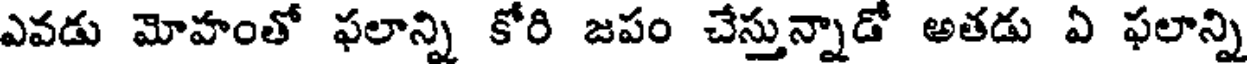
ఎవడు మోహంతో ఫలాన్ని కోరి జపం చేస్తున్నాడో అతడు ఏ ఫలాన్ని